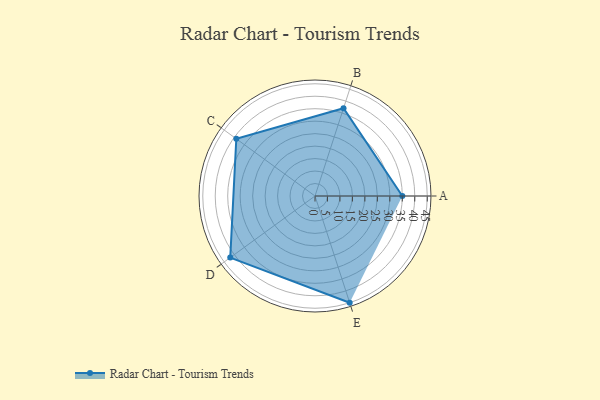
{"axis": {"x": "Skill", "y": "Score"}, "legend": ["Profile"], "data": [{"x": "A", "y": 35.0, "type": "Profile"}, {"x": "B", "y": 37.0, "type": "Profile"}, {"x": "C", "y": 39.0, "type": "Profile"}, {"x": "D", "y": 42.0, "type": "Profile"}, {"x": "E", "y": 45.0, "type": "Profile"}]}